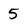
Character: 5